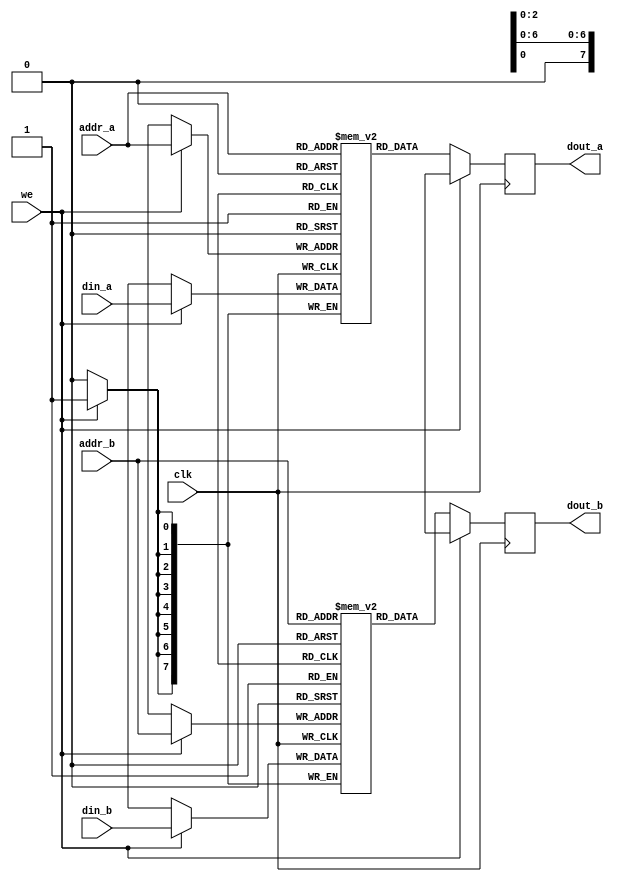
// 2x88
// 

module RAM_dual_sync #(parameter WIDTH = 8)            //
                      (input [WIDTH-1:0] din_a,        //a
                       input [WIDTH-1:0] din_b,       //b
                       input [2:0] addr_a,             //a8
                       input [2:0] addr_b,             //b8
                       input clk,                      //
                       input we,                       //
                       output reg [WIDTH-1:0] dout_a,  //a
                       output reg [WIDTH-1:0] dout_b); //b
    
reg [WIDTH-1:0] mema[0:7]; //a0~7
reg [WIDTH-1:0] memb[0:7]; //b0~7

always @(posedge clk) begin
    
    dout_a <= {(WIDTH-1){1'bx}};
    dout_b <= {(WIDTH-1){1'bx}};
    
    if (we) begin
        //
        mema[addr_a] <= din_a;
        memb[addr_b] <= din_b;
    end else begin
        //
        dout_a <= mema[addr_a];
        dout_b <= memb[addr_b];
    end
end
    
endmodule